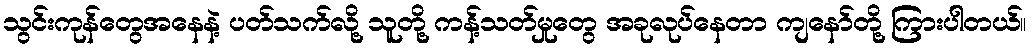
သွင်းကုန်တွေအနေနဲ့ ပတ်သက်လို့ သူတို့ ကန့်သတ်မှုတွေ အခုလုပ်နေတာ ကျနော်တို့ ကြားပါတယ်။